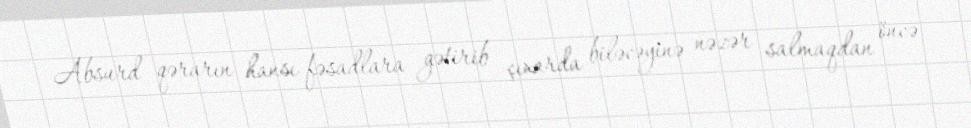
Absurd qərarın hansı fəsadlara gətirib çıxarda biləcəyinə nəzər salmaqdan öncə